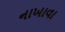
નાખાવા